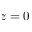
z = 0